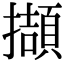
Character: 擷